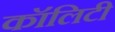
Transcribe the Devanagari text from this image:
कॉलिटी